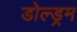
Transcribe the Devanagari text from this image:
डोल्ड्रम